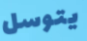
يتوسل